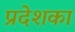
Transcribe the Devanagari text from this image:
प्रदेशका